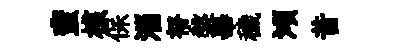
蜚核保淄帑槃畢穢澒昔